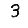
Digit: 3